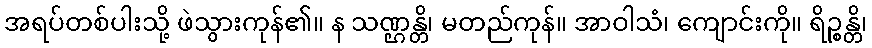
အရပ်တစ်ပါးသို့ ဖဲသွားကုန်၏။ န သဏ္ဌန္တိ၊ မတည်ကုန်။ အာဝါသံ၊ ကျောင်းကို။ ရိဉ္စန္တိ၊